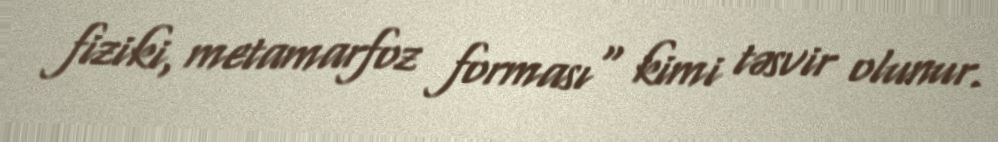
fiziki, metamarfoz forması" kimi təsvir olunur.